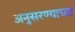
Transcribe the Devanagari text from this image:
अनुसरण्याच्या